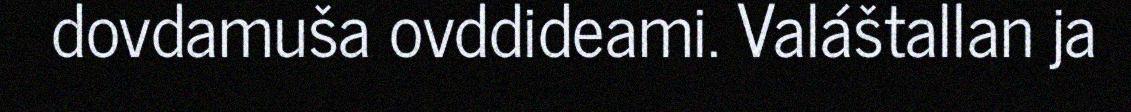
dovdamuša ovddideami. Valáštallan ja